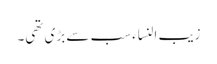
زیب النساء سب سے بڑی تھی۔